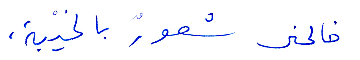
خاجلني شعور بالخيبة